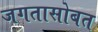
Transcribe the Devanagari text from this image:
जगतासोबत